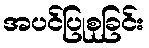
အပင်ပြုစုခြင်း